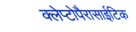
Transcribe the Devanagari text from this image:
क्लेप्टोपैरासाईटिक